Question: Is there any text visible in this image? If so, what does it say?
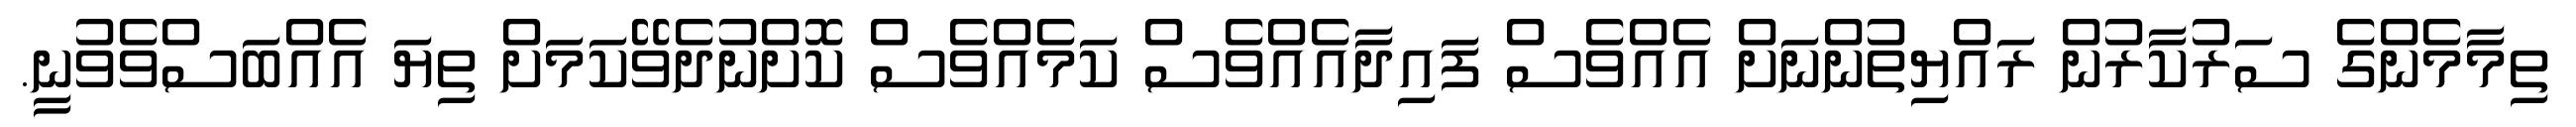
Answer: ތިމާމެންގެ ސަރުކާރުން ރައްޔިތުންނަށް އެއްވެސް ފައިދާއެއްވެސް ކަމެއްވެސް ކޮށްނުދެވޭކަމަށް ތިޔަ އެއްބަސްވެވުނީ.